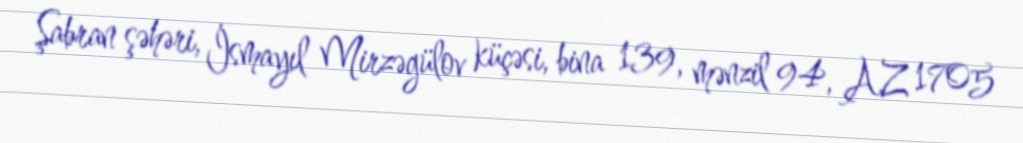
Şabran şəhəri, İsmayıl Mirzəgülov küçəsi, bina 139, mənzil 94, AZ 1705